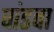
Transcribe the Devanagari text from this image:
पांडवा